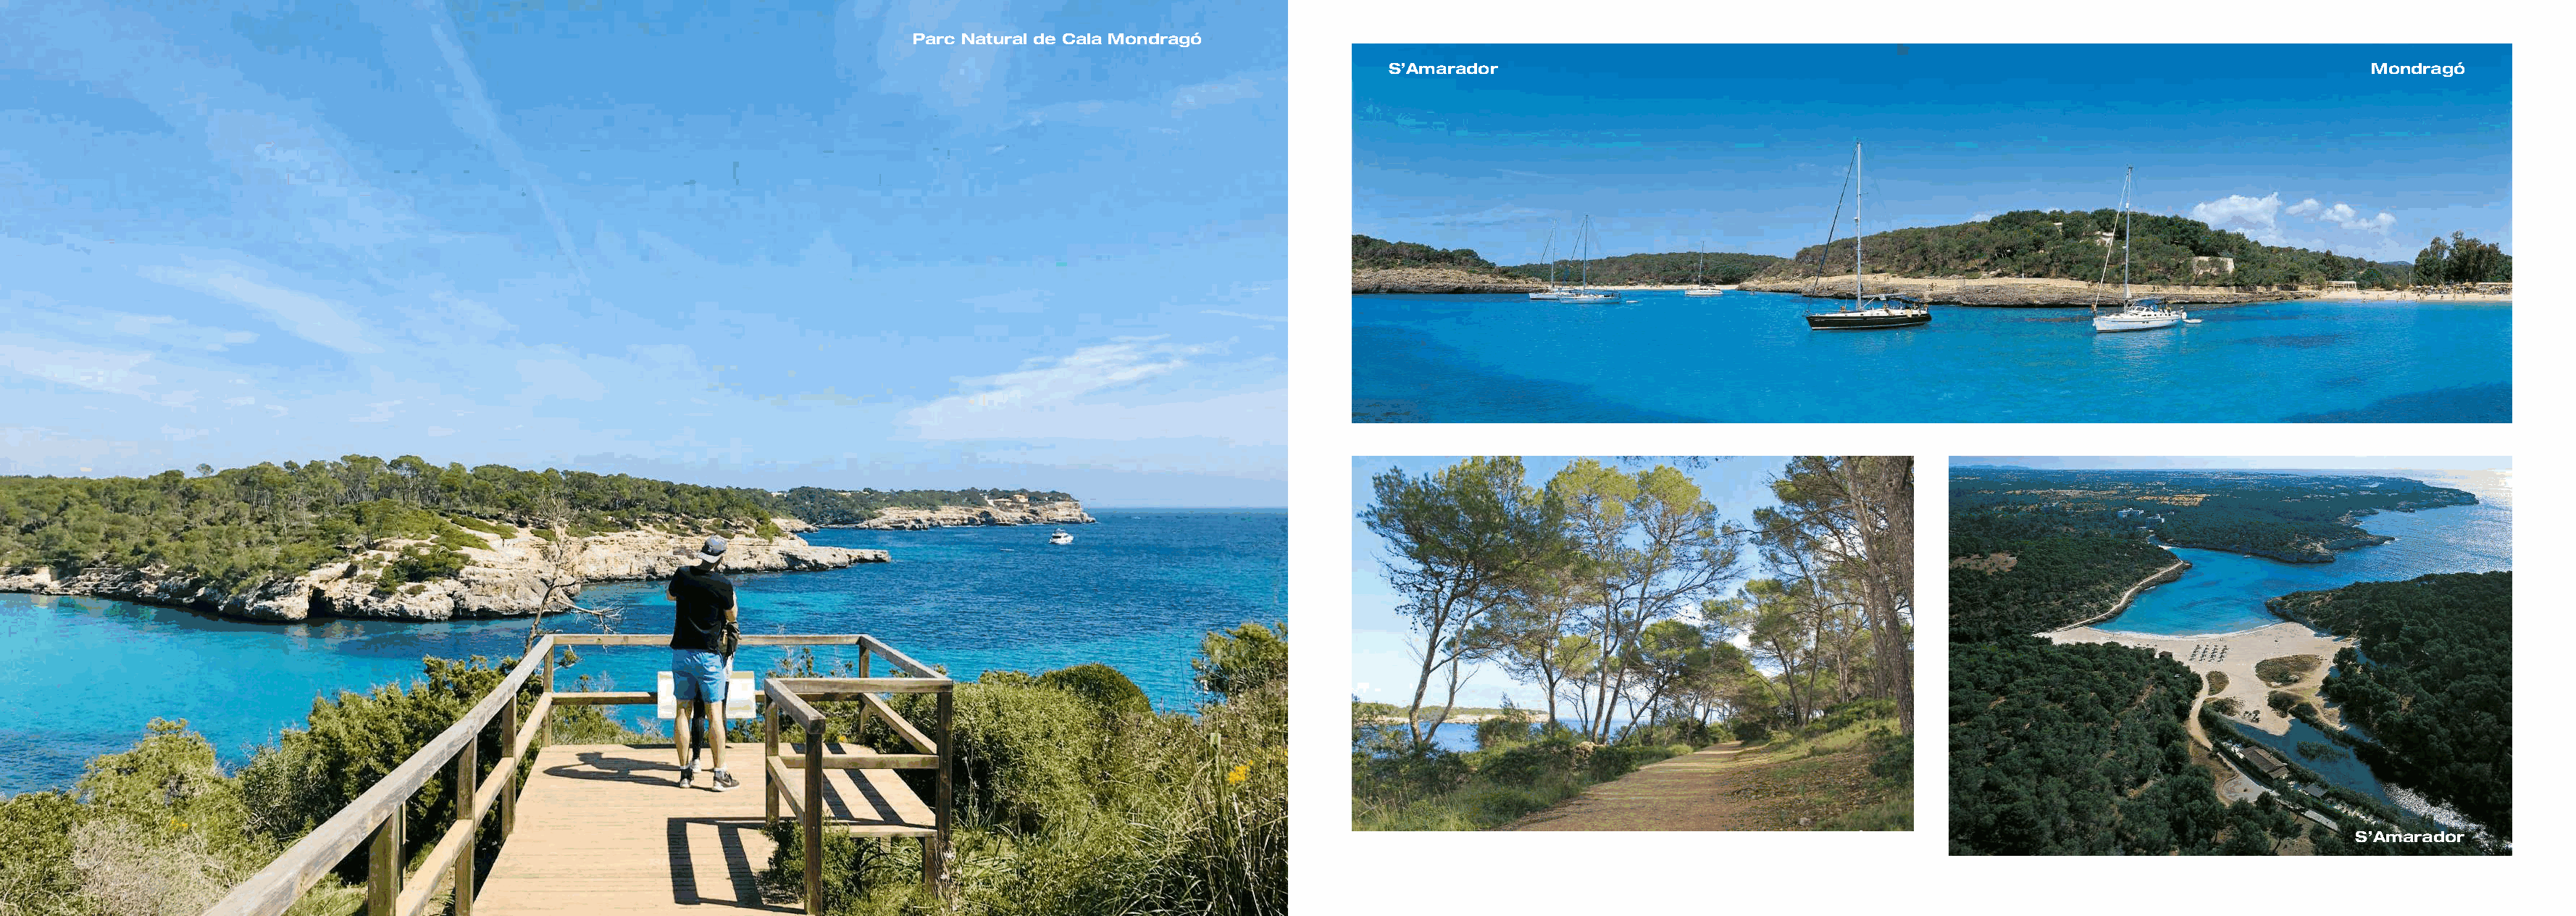
Parc Natural de Cala Mondragó
 S’Amarador                                                                                Mondragó
 Parc Natural de Mondragó                                           S’Amarador